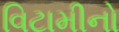
વિટામીનો